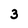
Character: 3